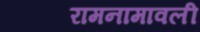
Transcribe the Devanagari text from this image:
रामनामावली